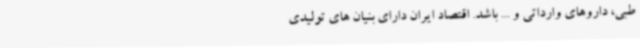
طبی، داروهای وارداتی و ... باشد. اقتصاد ایران دارای بنیان های تولیدی